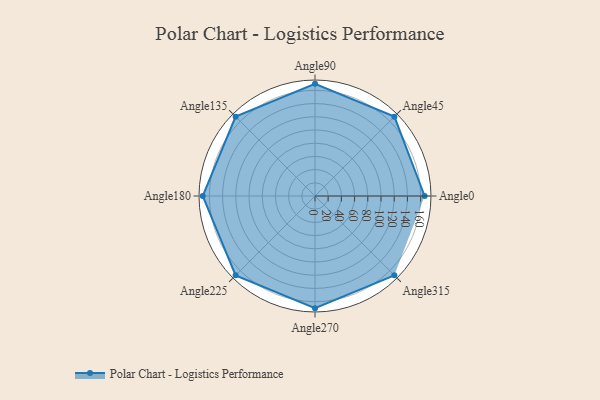
{"axis": {"x": "Angle", "y": "Radius"}, "legend": [""], "data": [{"x": "Angle0", "y": 166.0, "type": ""}, {"x": "Angle45", "y": 170, "type": ""}, {"x": "Angle90", "y": 170, "type": ""}, {"x": "Angle135", "y": 170, "type": ""}, {"x": "Angle180", "y": 170, "type": ""}, {"x": "Angle225", "y": 170, "type": ""}, {"x": "Angle270", "y": 170, "type": ""}, {"x": "Angle315", "y": 170, "type": ""}]}